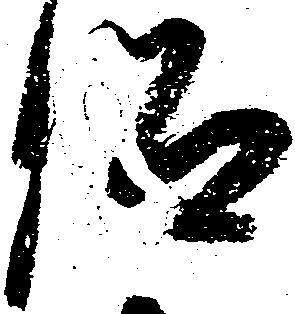
仰